NAE_ERA_R-1992_EV_Ehitusministeerium, lk 15
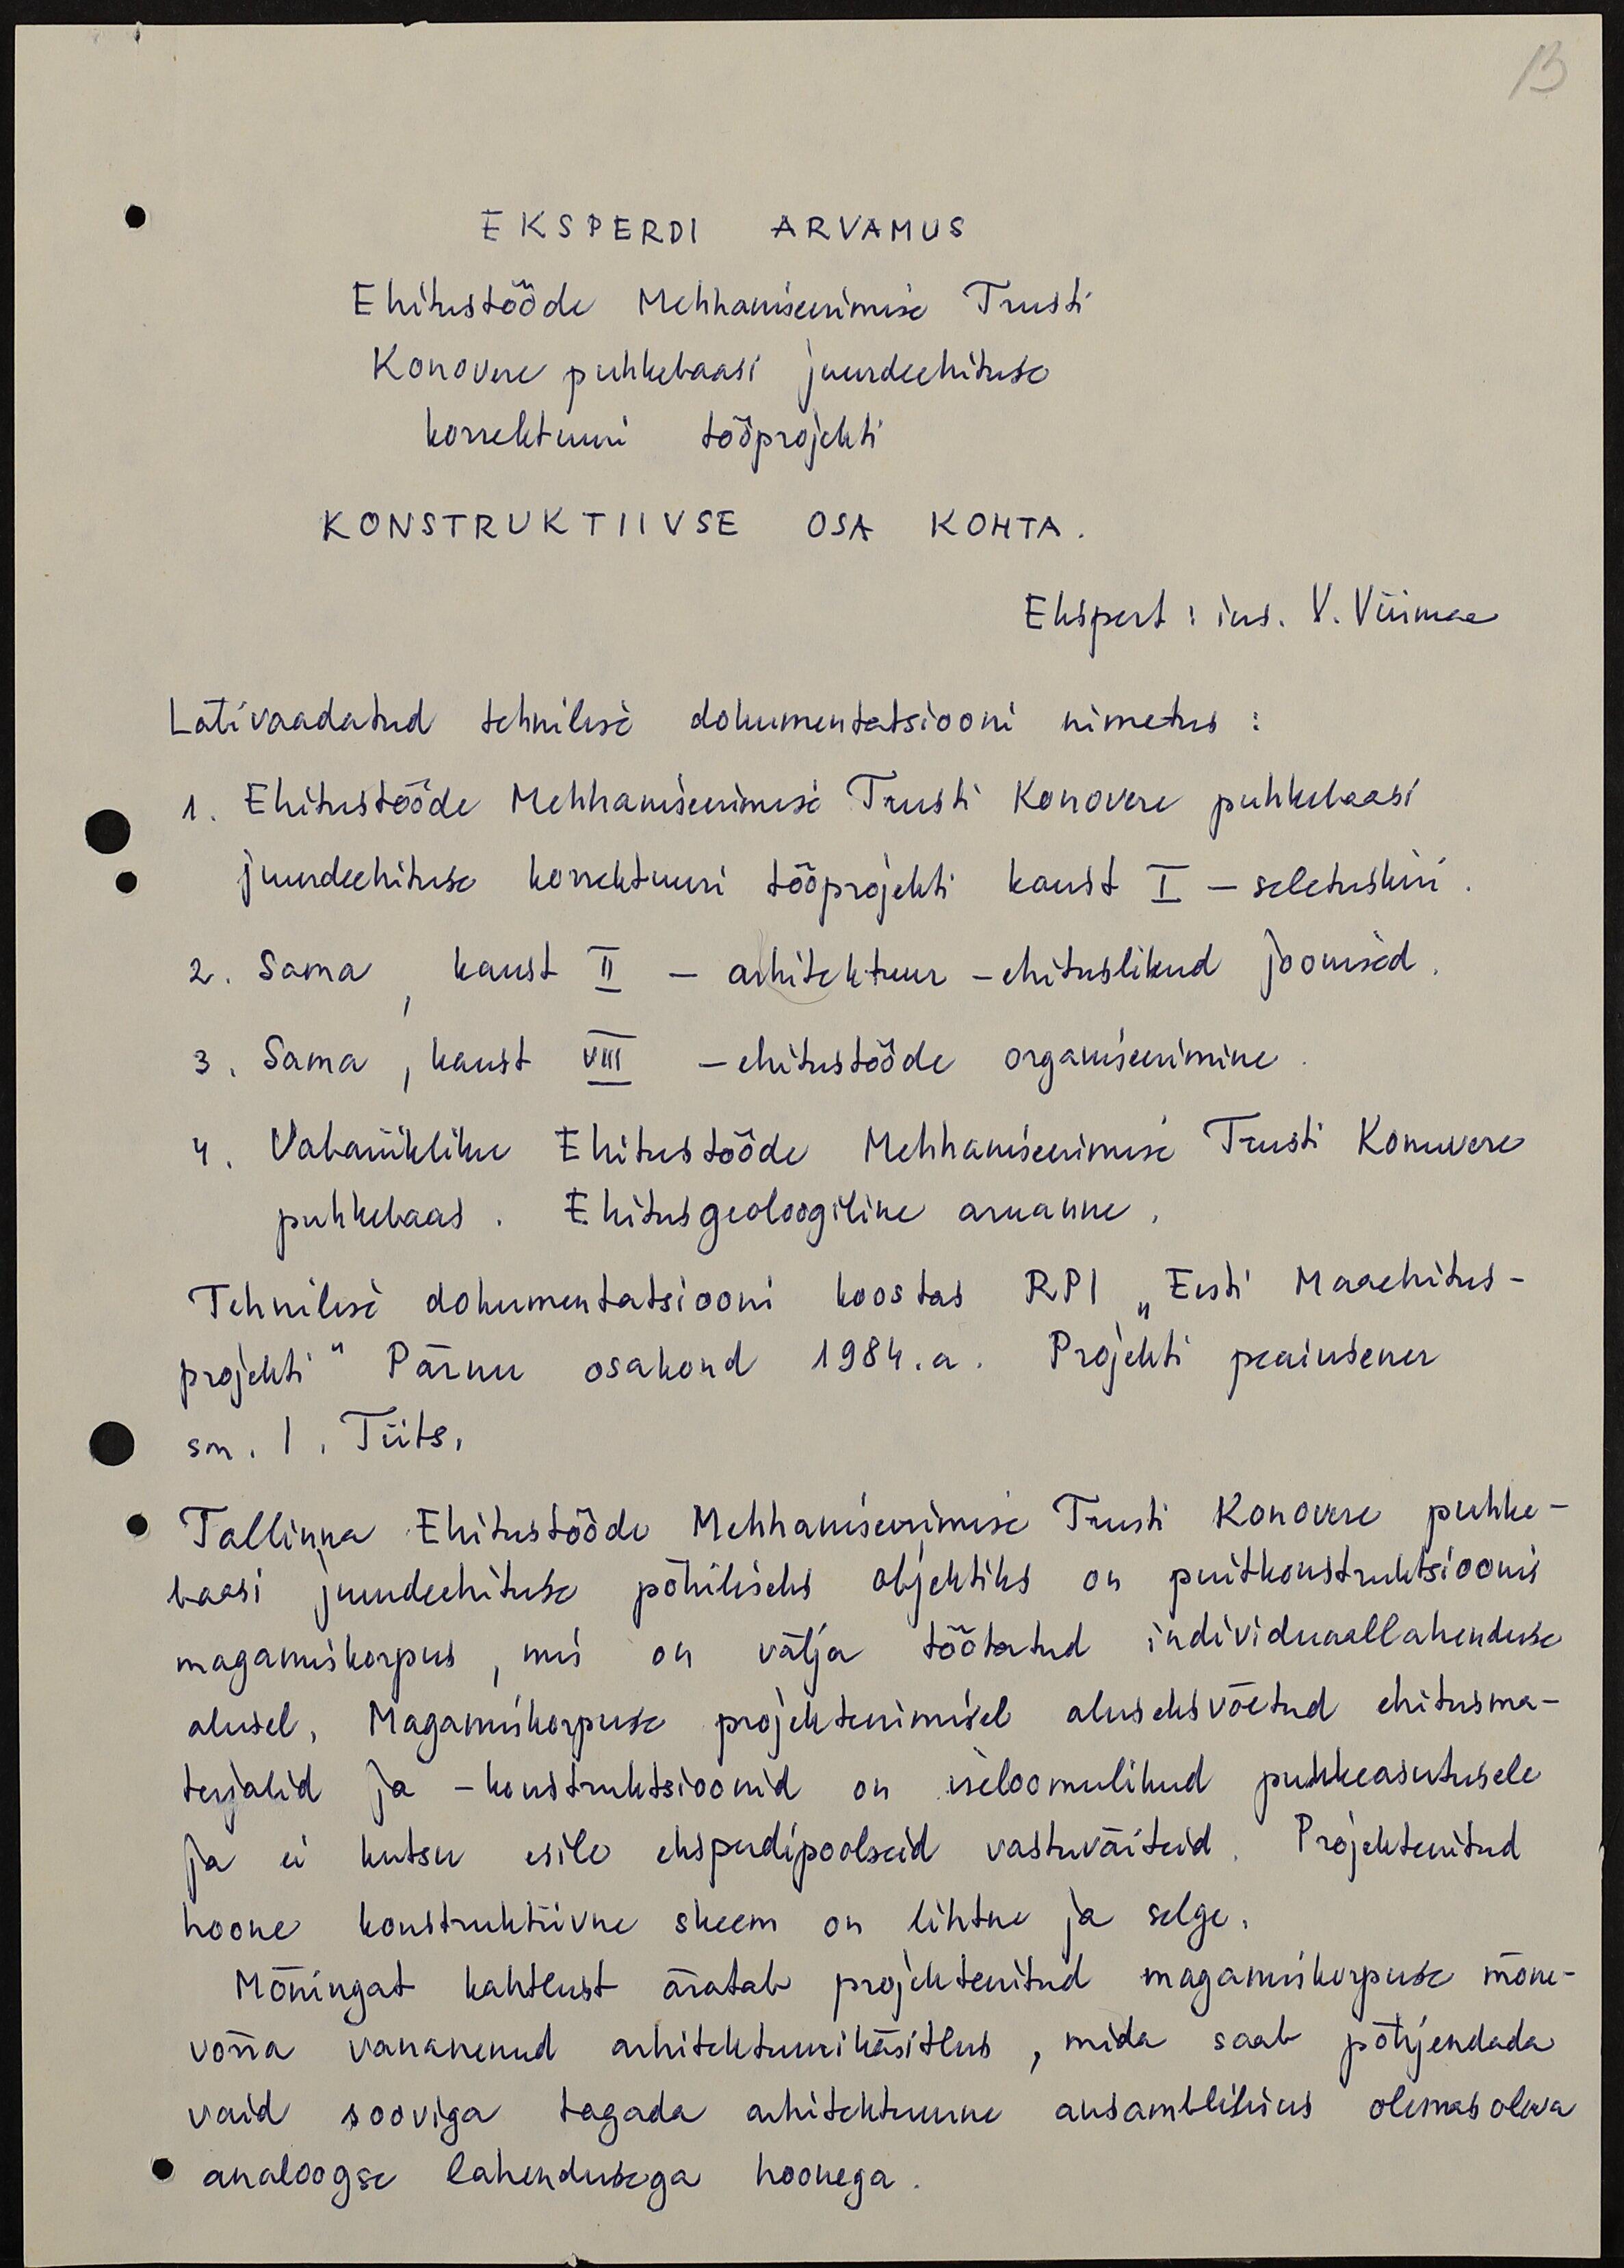
13

EKSPERDI ARVAMUS
Ehitustööde Mehhaniseerimise Trusti
Konovere puhkebaasi juurdeehituse
korrektuuri tööprojekti
KONSTRUKTIIVSE OSA KOHTA.
Ekspert: ins. V. Viirmaa
Läbivaadatud tehnilise dokumentatsiooni nimetus:
1. Ehitustööde Mehhaniseerimise Trusti Konovere puhkebaasi
juurdeehituse korrektuuri tööprojekti kaust I - seletuskiri
2. Sama, kaust II - arhitektuur - ehituslikud joonised
3. Sama, kaust VIII - ehitustööde organiseerimine
4. Vabariikliku Ehitustööde Mehhanisenimise Trusti Konuvere
puhkebaas. Ehitusgeoloogiline aruanne
Tehnilise dokumentatsiooni koostas RPI "Eesti Maaehitus-
projekti" Pärnu osakond 1984. a. Projekti peainsener
sm. I. Tiits.
Tallinna Ehitustööde Mehhaniseerimise Trusti Konovere puhke-
baasi juurdeehituse põhiliseks objektiks on puitkonstrutsiooni
magamiskorpus, mis on välja töötatud individuaallahenduse
alusel. Magamiskorpuse projekteerimisel aluseks võetud ehitusma-
terjalid ja - konstruktsioonid on iseloomulikud puhkeasutusele
ja ei kutsu esile eksperdipoolseid vastuväiteid. Projekteeritud
hoone konstruktiivne skeem on lihtne ja selge.
Mõningat kahtlust äratab projekteeritud magamiskorpuse mõne-
võrra vananenud arhitektuuri käsitlus, mida saab põhjendada
vaid sooviga tagada arhitektuurne ansamblilisus olemasoleva
analoogse lahendusega hoonega